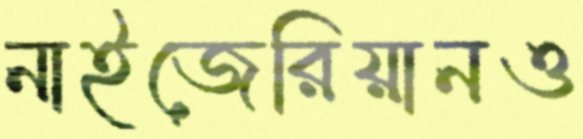
নাইজেরিয়ানও